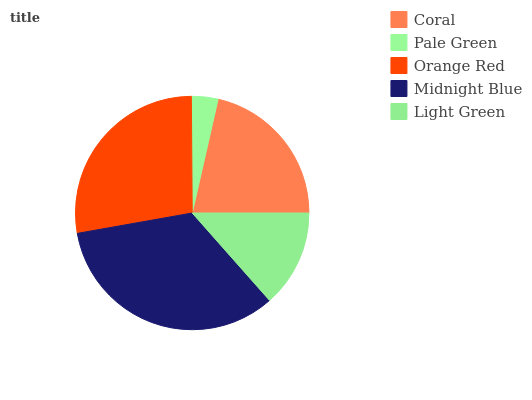
| Coral | Pale Green | Orange Red | Midnight Blue | Light Green |
 | --- | --- | --- | --- | --- |
 | 21.5% | 3.67% | 27.7% | 33.7% | 13.5% |